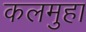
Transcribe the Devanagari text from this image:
कलमुहा